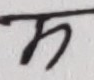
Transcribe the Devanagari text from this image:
म